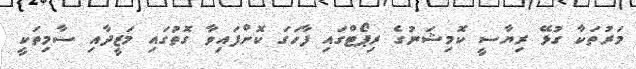
މަރުތަކާ ގުޅޭ ރިޔާސީ ކޮމިޝަނުގެ ރިޕޯޓްގައި ފާހަގަ ކޮށްފައިވާ ގޮތުގައި މަޒީދާއި ސާމިތަކީ